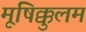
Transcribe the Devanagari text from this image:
मूषिक्कुलम